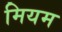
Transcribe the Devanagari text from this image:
मियम